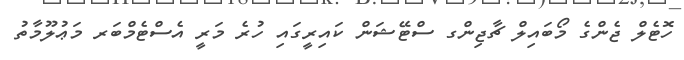
ހޮޓެލް ޖެންގެ މޯބައިލް ޗާޖިންގ ސްޓޭޝަން ކައިރީގައި ހުރެ މަރީ އެސްޓެމްބަރ މަޢުލޫމާތު